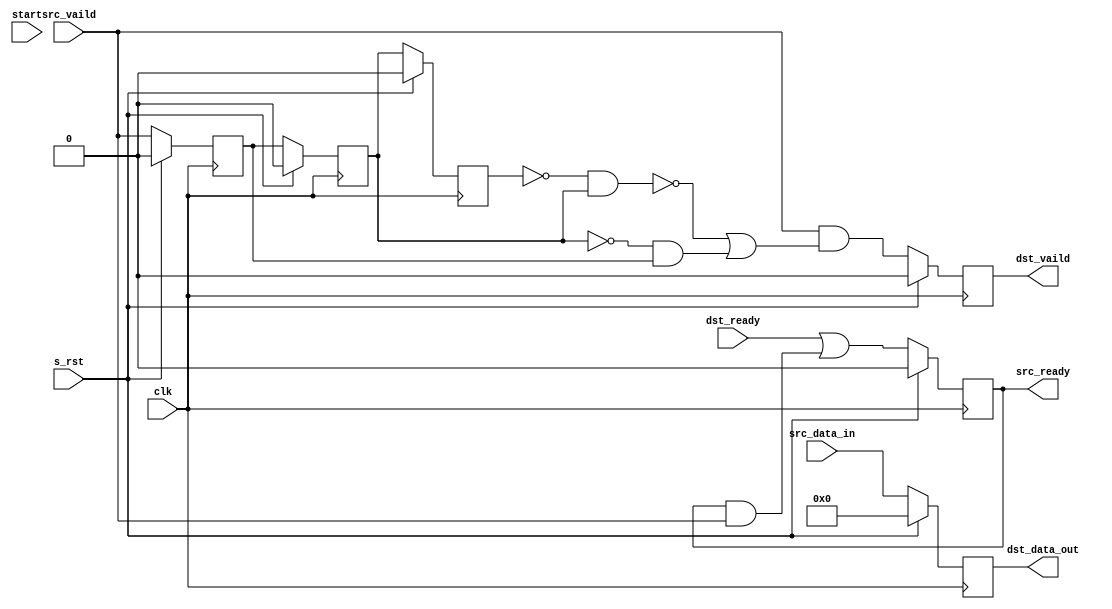
// -----------------------------------------------------------------------------
// Copyright (c) 2014-2022 All rights reserved
// -----------------------------------------------------------------------------
// wechat : wxz18066913150
// Create : 2022-08-21 09:04:39
// Revise : 2022-08-21 09:04:39
// Editor : sublime text3, tab size (4)
// -----------------------------------------------------------------------------
module Fully_Registered#( 
	parameter	WIDTH = 8 ,
	parameter 	DEPTH = 256 
	)
(
	clk,
	s_rst,
	start,
	src_vaild,
	src_data_in,

	src_ready,

	dst_ready,

	dst_vaild,
	dst_data_out

	);
input						clk			;
input						s_rst		;
input						start		;
input						src_vaild	;
input		[WIDTH-1:0]		src_data_in ;
input						dst_ready	;

output	reg					dst_vaild	;
output	reg	[WIDTH-1:0]		dst_data_out;
output	reg					src_ready 	;

reg 				error_data_flag		;
reg 				error_data_flag_r1	;
reg 				error_data_flag_r2	;

always@(posedge clk)begin
	if(s_rst == 1'b1)
		begin
			error_data_flag		<= 1'b0;
			error_data_flag_r1	<= 1'b0;
			error_data_flag_r2	<= 1'b0;
		end
	else begin
		error_data_flag		<= src_vaild			;
		error_data_flag_r1	<= error_data_flag		;
		error_data_flag_r2	<= error_data_flag_r1	;
	end
end



always @(posedge clk) 
	if (s_rst == 1'b1) 
		dst_vaild <= 1'b0;
	else
		dst_vaild <=  src_vaild & (!  (!error_data_flag_r2 & error_data_flag_r1) | (!error_data_flag_r1 & error_data_flag ) )   ;//ready	, | vaild

always @(posedge clk) 
	if (s_rst == 1'b1) 
		dst_data_out <= {WIDTH{1'b0}};
	else
		dst_data_out <= src_data_in;	

always @(posedge clk) 
	if (s_rst == 1'b1) 
		src_ready <= 1'b0;
	else
		src_ready <= dst_ready | (src_ready & src_vaild);//ready	


	


endmodule